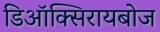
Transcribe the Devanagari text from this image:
डिऑक्सिरायबोज